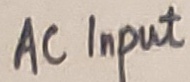
Text: AC Input